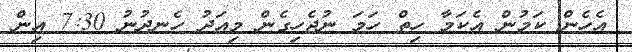
އެހެން ކަމުން އެކަމާ ހިތް ހަމަ ނުޖެހިގެން މިއަދު ހެނދުނު 7:30 އިން